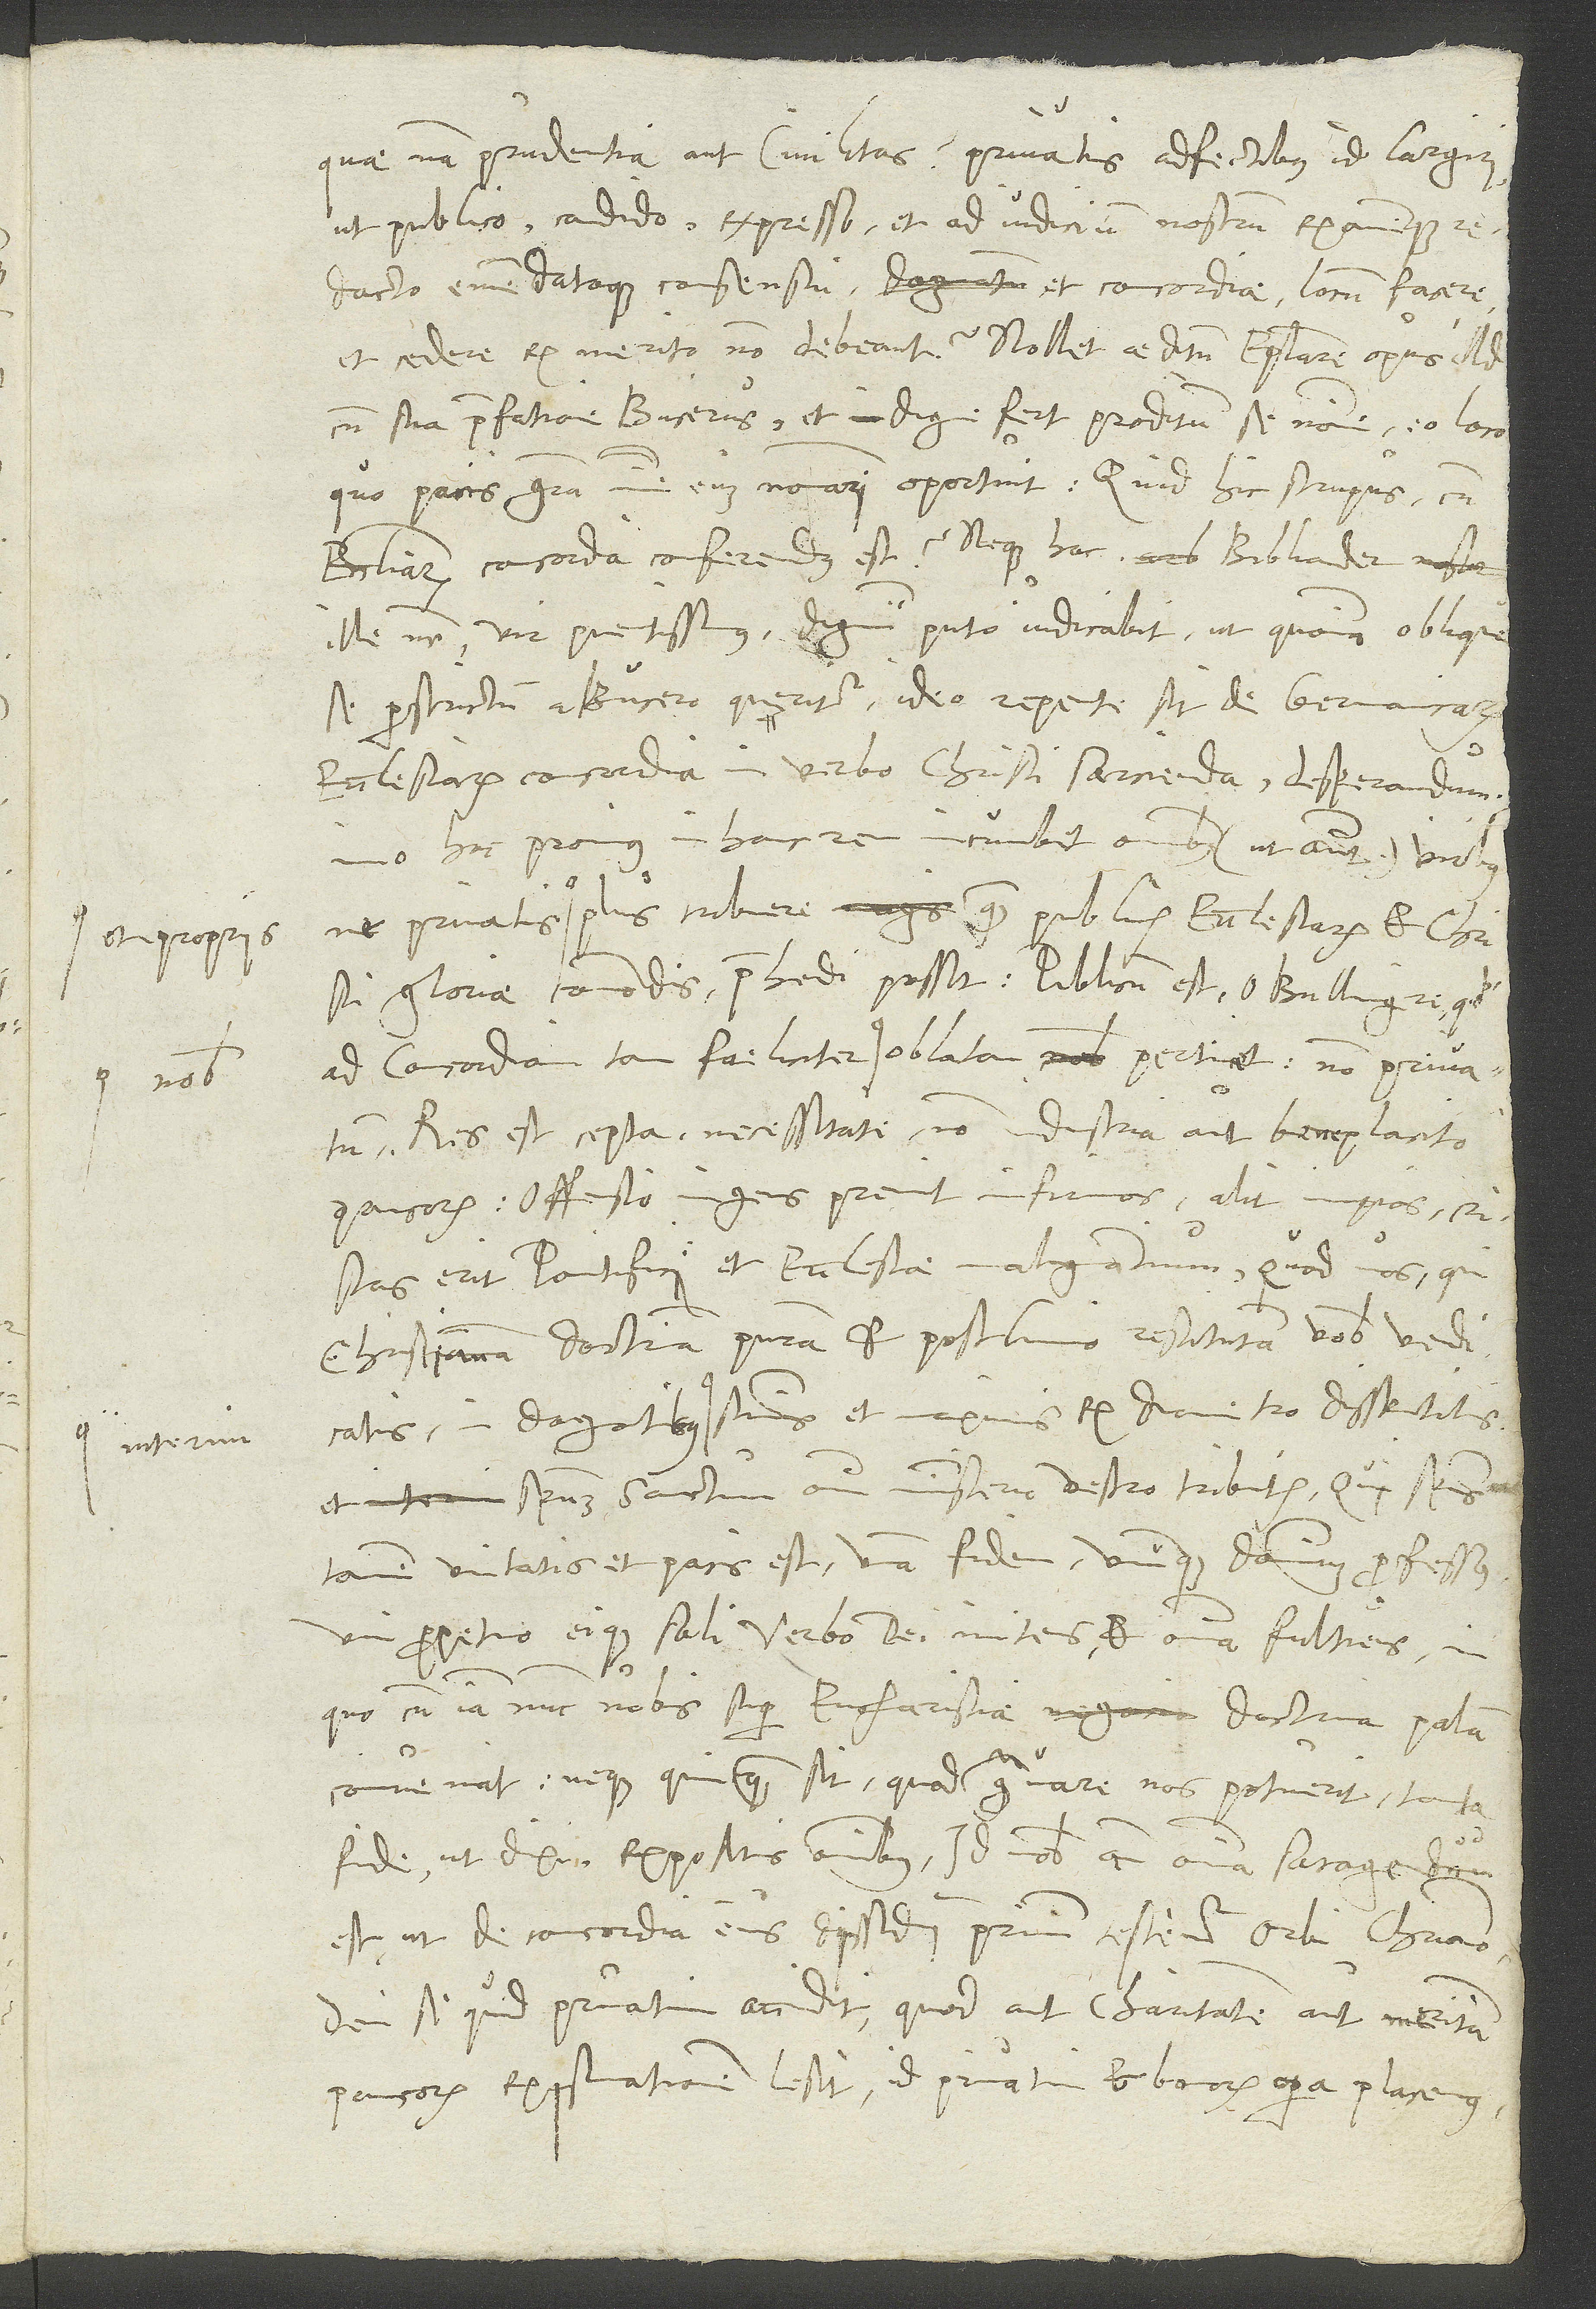
et propriis

quae nam prudentia aut civilitas, privatis adfectibus id largiri,
ut publico, candido, expresso et ad iudicium nostrum examenque
redacto emendatoque consensui et concordiae locum facere
et cedere ex merito non debeant? Nollet aeditum epistolare opus illud
cum sua praefatione Bucerus et indigne fert proditum se nomine eo loco,
quo pacis gratia minime eum nominari oportuit. Quid hic scrupus cum
ecclesiarum concordia conferendus est? Neque hoc Bibliander
ille vester, vir pientissimus, dignum - puto - iudicabit, ut, quoniam oblique
se perstrictum a Bucero queritur ideo repente sit de Germanicarum
ecclesiarum concordia in verbo Christi sarcienda desperandum.
Imo hoc pronius in hanc rem incumbet omnibus (ut aiunt) viribus,
plus tribuere quam publicis ecclesiarum et Christi
ad concordiam tam faeliciter nobis oblatam pertinet, non privatum.
Res est cepta necessitate, non industria aut beneplacito
paucorum. Offensio ingens premit infirmos, alit impios. Risus
erit pontifici et ecclesiae malignantium, quod vos, qui
christianam doctrinam puram et postliminio restitutam vobis vendicatis,
in dogmatibus internum summis et maximis ex diametro dissentitis
et spriritum sanctum omni ministerio vestro tribuitis, qui spiritus
tamen unitatis et pacis est unam fidem unumque dominum professus,
uni perpetuo eique soli verbo dei innitens et omnia fultiens. In
quo cum iam nunc nobis super eucharistiae doctrina palam
conveniat neque quicquam sit, quod gravare nos potuerit, tanta
fide, ut dixi, expositis omnibus, id nobis ante omnia satagendum
est, ut de concordia eius dissidii primum testemur orbi christiano,
dein, si quid privatim accidit, quod aut charitatem aut meritam
paucorum existimationem lesit, id privatim et bonorum opera placemus